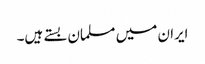
ایران میں مسلمان بستے ہیں۔